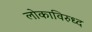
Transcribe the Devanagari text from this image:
लोकाविरुध्द